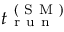
t _ { \mathrm { ~ r ~ u ~ n ~ } } ^ { \mathrm { ~ ( ~ S ~ M ~ ) ~ } }